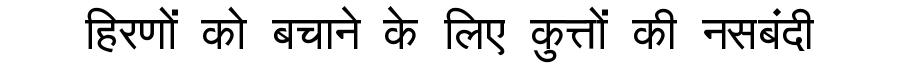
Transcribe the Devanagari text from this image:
हिरणों को बचाने के लिए कुत्तों की नसबंदी